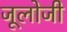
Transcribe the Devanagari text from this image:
जूलोजी